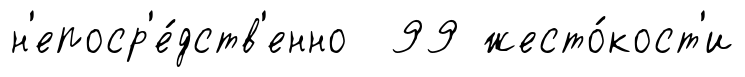
н'епоср'е́дств'енно 99 жесто́кост'и